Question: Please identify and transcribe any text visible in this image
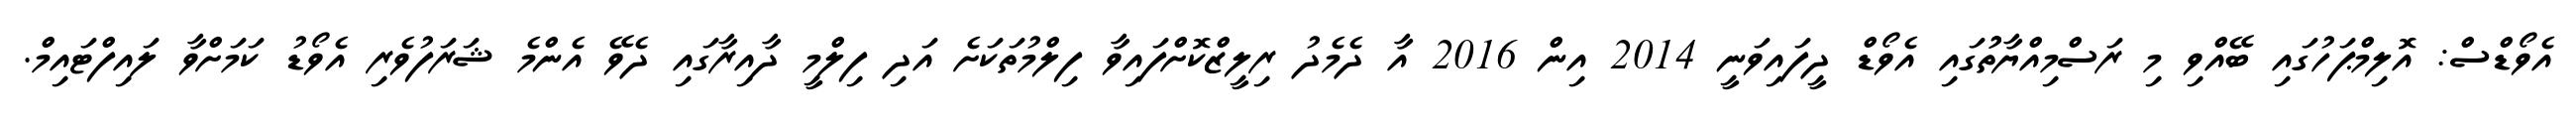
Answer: އެވޯޑްސް: އޮލިމްޕަހުގައި ބޭއްވި މި ރަސްމިއްޔާތުުގައި އެވޯޑް ދީފައިވަނީ 2014 އިން 2016 އާ ދެމެދު ރިލީޒްކޮށްފައިވާ ފިލްމުތަކަށެ އަދި ފިލްމީ ދާއިރާގައި ދެވޭ އެންމެ ޝަރަފުވެރި އެވޯޑު ކަމަށްވާ ލައިފްޓައިމް.